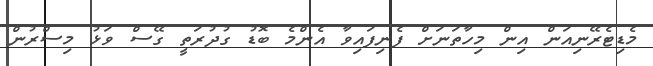
މެޑިޓެރޭނިއަން އިން މިހާތަނަށް ފެނިފައިވާ އެންމެ ބޮޑު ގުދުރަތީ ގޭސް ވަޅު މިސްރުން